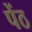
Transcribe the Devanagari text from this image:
पेंठ